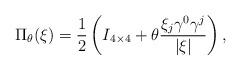
LaTeX: \begin{align*}\Pi_\theta(\xi) = \frac12\left(I_{4\times4}+\theta\frac{\xi_j\gamma^0\gamma^j}{|\xi|} \right),\end{align*}